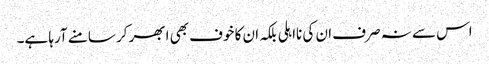
اس سے نہ صرف ان کی نااہلی بلکہ ان کا خوف بھی ابھر کر سامنے آرہا ہے۔